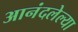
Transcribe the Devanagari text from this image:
आनंदलेल्या